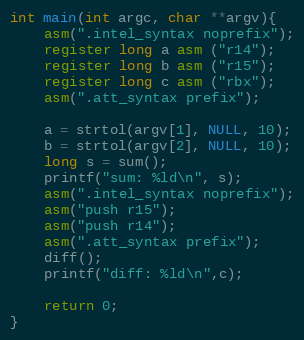
Language: C
int main(int argc, char **argv){
    asm(".intel_syntax noprefix");
    register long a asm ("r14");
    register long b asm ("r15");
    register long c asm ("rbx");
    asm(".att_syntax prefix");

    a = strtol(argv[1], NULL, 10);
    b = strtol(argv[2], NULL, 10);
    long s = sum();
    printf("sum: %ld\n", s);
    asm(".intel_syntax noprefix");
    asm("push r15");
    asm("push r14");
    asm(".att_syntax prefix");
    diff();
    printf("diff: %ld\n",c);

    return 0;
}